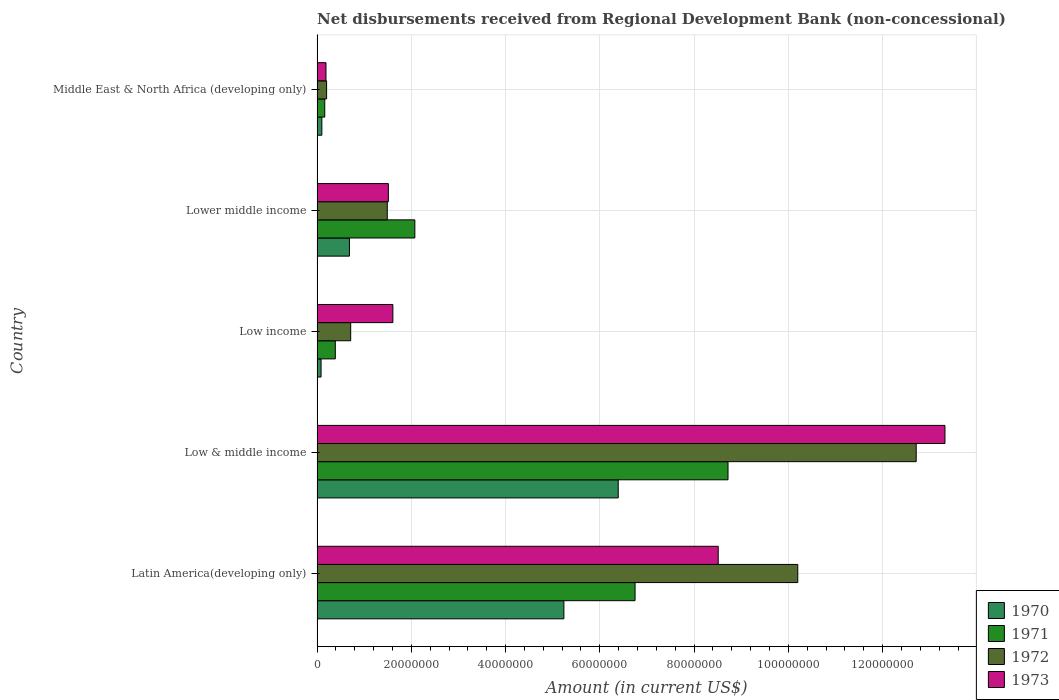
| Country | 1970 | 1971 | 1972 | 1973 |
 | --- | --- | --- | --- | --- |
 | Latin America(developing only) | 5.24e+07 | 6.75e+07 | 1.02e+08 | 8.51e+07 |
 | Low & middle income | 6.39e+07 | 8.72e+07 | 1.27e+08 | 1.33e+08 |
 | Low income | 8.5e+05 | 3.88e+06 | 7.14e+06 | 1.61e+07 |
 | Lower middle income | 6.87e+06 | 2.08e+07 | 1.49e+07 | 1.51e+07 |
 | Middle East & North Africa (developing only) | 1.02e+06 | 1.64e+06 | 2.02e+06 | 1.9e+06 |